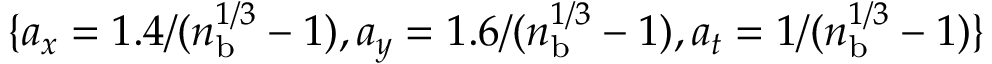
\{ a _ { x } = 1 . 4 / ( n _ { \mathrm { b } } ^ { 1 / 3 } - 1 ) , a _ { y } = 1 . 6 / ( n _ { \mathrm { b } } ^ { 1 / 3 } - 1 ) , a _ { t } = 1 / ( n _ { \mathrm { b } } ^ { 1 / 3 } - 1 ) \}